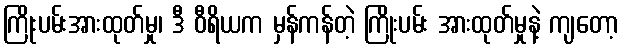
ကြိုးပမ်းအားထုတ်မှု၊ ဒီ ဝီရိယက မှန်ကန်တဲ့ ကြိုးပမ်း အားထုတ်မှုနဲ့ ကျတော့